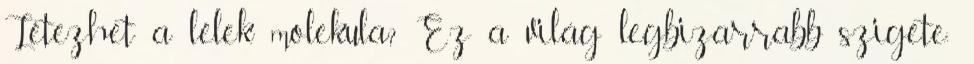
Létezhet a lélek molekula? Ez a világ legbizarrabb szigete: